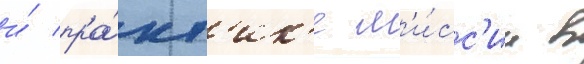
и́ пра́кт'ик'е м'и́сс'ии в